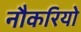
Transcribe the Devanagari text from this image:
नौकरियो